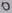
Text: O